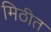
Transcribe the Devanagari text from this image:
मिठीत